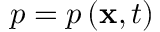
p = p \left( \mathbf { x } , t \right)